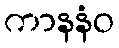
ကာနနံဝ